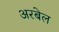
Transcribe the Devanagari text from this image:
अरबेल